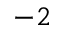
- 2